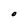
Character: O